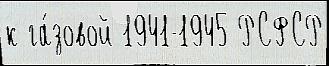
к га́зовой 1941-1945 РСФСР